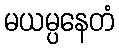
မယမ္ပနေတံ